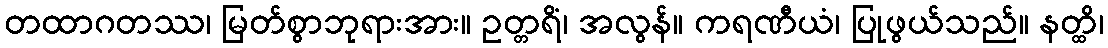
တထာဂတဿ၊ မြတ်စွာဘုရားအား။ ဥတ္တရိံ၊ အလွန်။ ကရဏီယံ၊ ပြုဖွယ်သည်။ နတ္ထိ၊